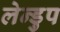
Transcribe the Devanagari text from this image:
लेन्डुप